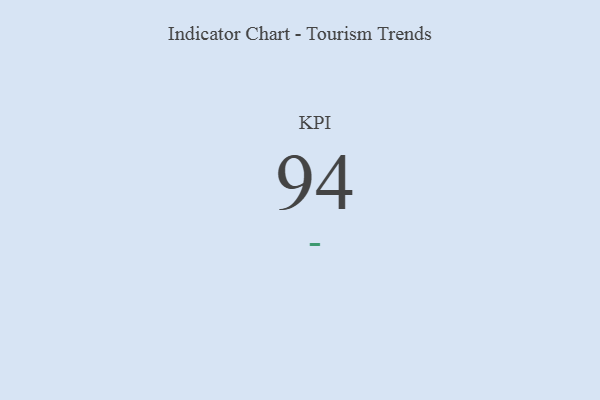
{"axis": {"x": "KPI", "y": "Value"}, "legend": [""], "data": [{"x": "KPI", "y": 94, "type": ""}]}